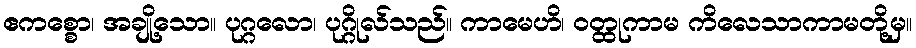
ဧကစ္စော၊ အချို့သော။ ပုဂ္ဂလော၊ ပုဂ္ဂိုလ်သည်။ ကာမေဟိ၊ ဝတ္ထုကာမ ကိလေသာကာမတို့မှ။